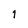
Character: 1